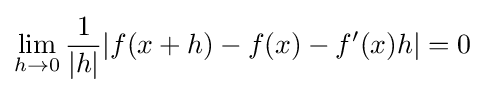
\lim _{h\to 0}{\frac {1}{|h|}}|f(x+h)-f(x)-f'(x)h|=0